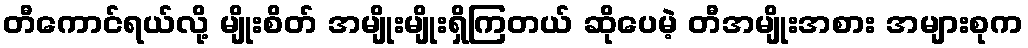
တီကောင်ရယ်လို့ မျိုးစိတ် အမျိုးမျိုးရှိကြတယ် ဆိုပေမဲ့ တီအမျိုးအစား အများစုက